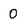
Character: 0